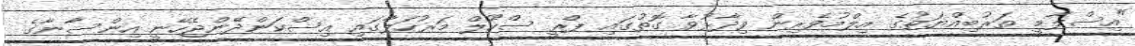
"އިސްލާމީ ތަރުބިއްޔަތުގެ އިލްމުވެރިން ވިދާޅުވާ ގޮތުގައި ޕްރީ ސްކޫލް މަރުހަލާގައި އިސްކަންދޭންޖެހޭނީ އިންސާނާގެ